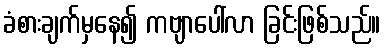
ခံစားချက်မှနေ၍ ကဗျာပေါ်လာ ခြင်းဖြစ်သည်။